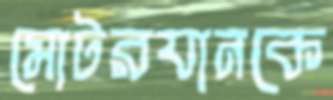
মোটরযানকে